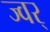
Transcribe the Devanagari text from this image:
ज्वर्